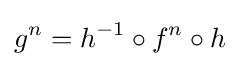
g^{n}=h^{-1}\circ f^{n}\circ h